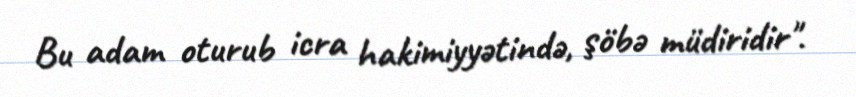
Bu adam oturub icra hakimiyyətində, şöbə müdiridir".